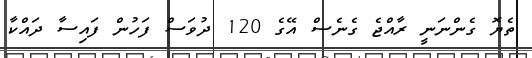
ތެޔޮ ގެންނަނީ ރާއްޖެ ގެނެސް އޭގެ 120 ދުވަސް ފަހުން ފައިސާ ދައްކާ